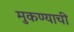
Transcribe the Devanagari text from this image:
मुकण्याची